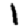
Digit: 1